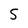
Character: 5